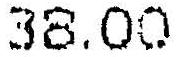
38.00